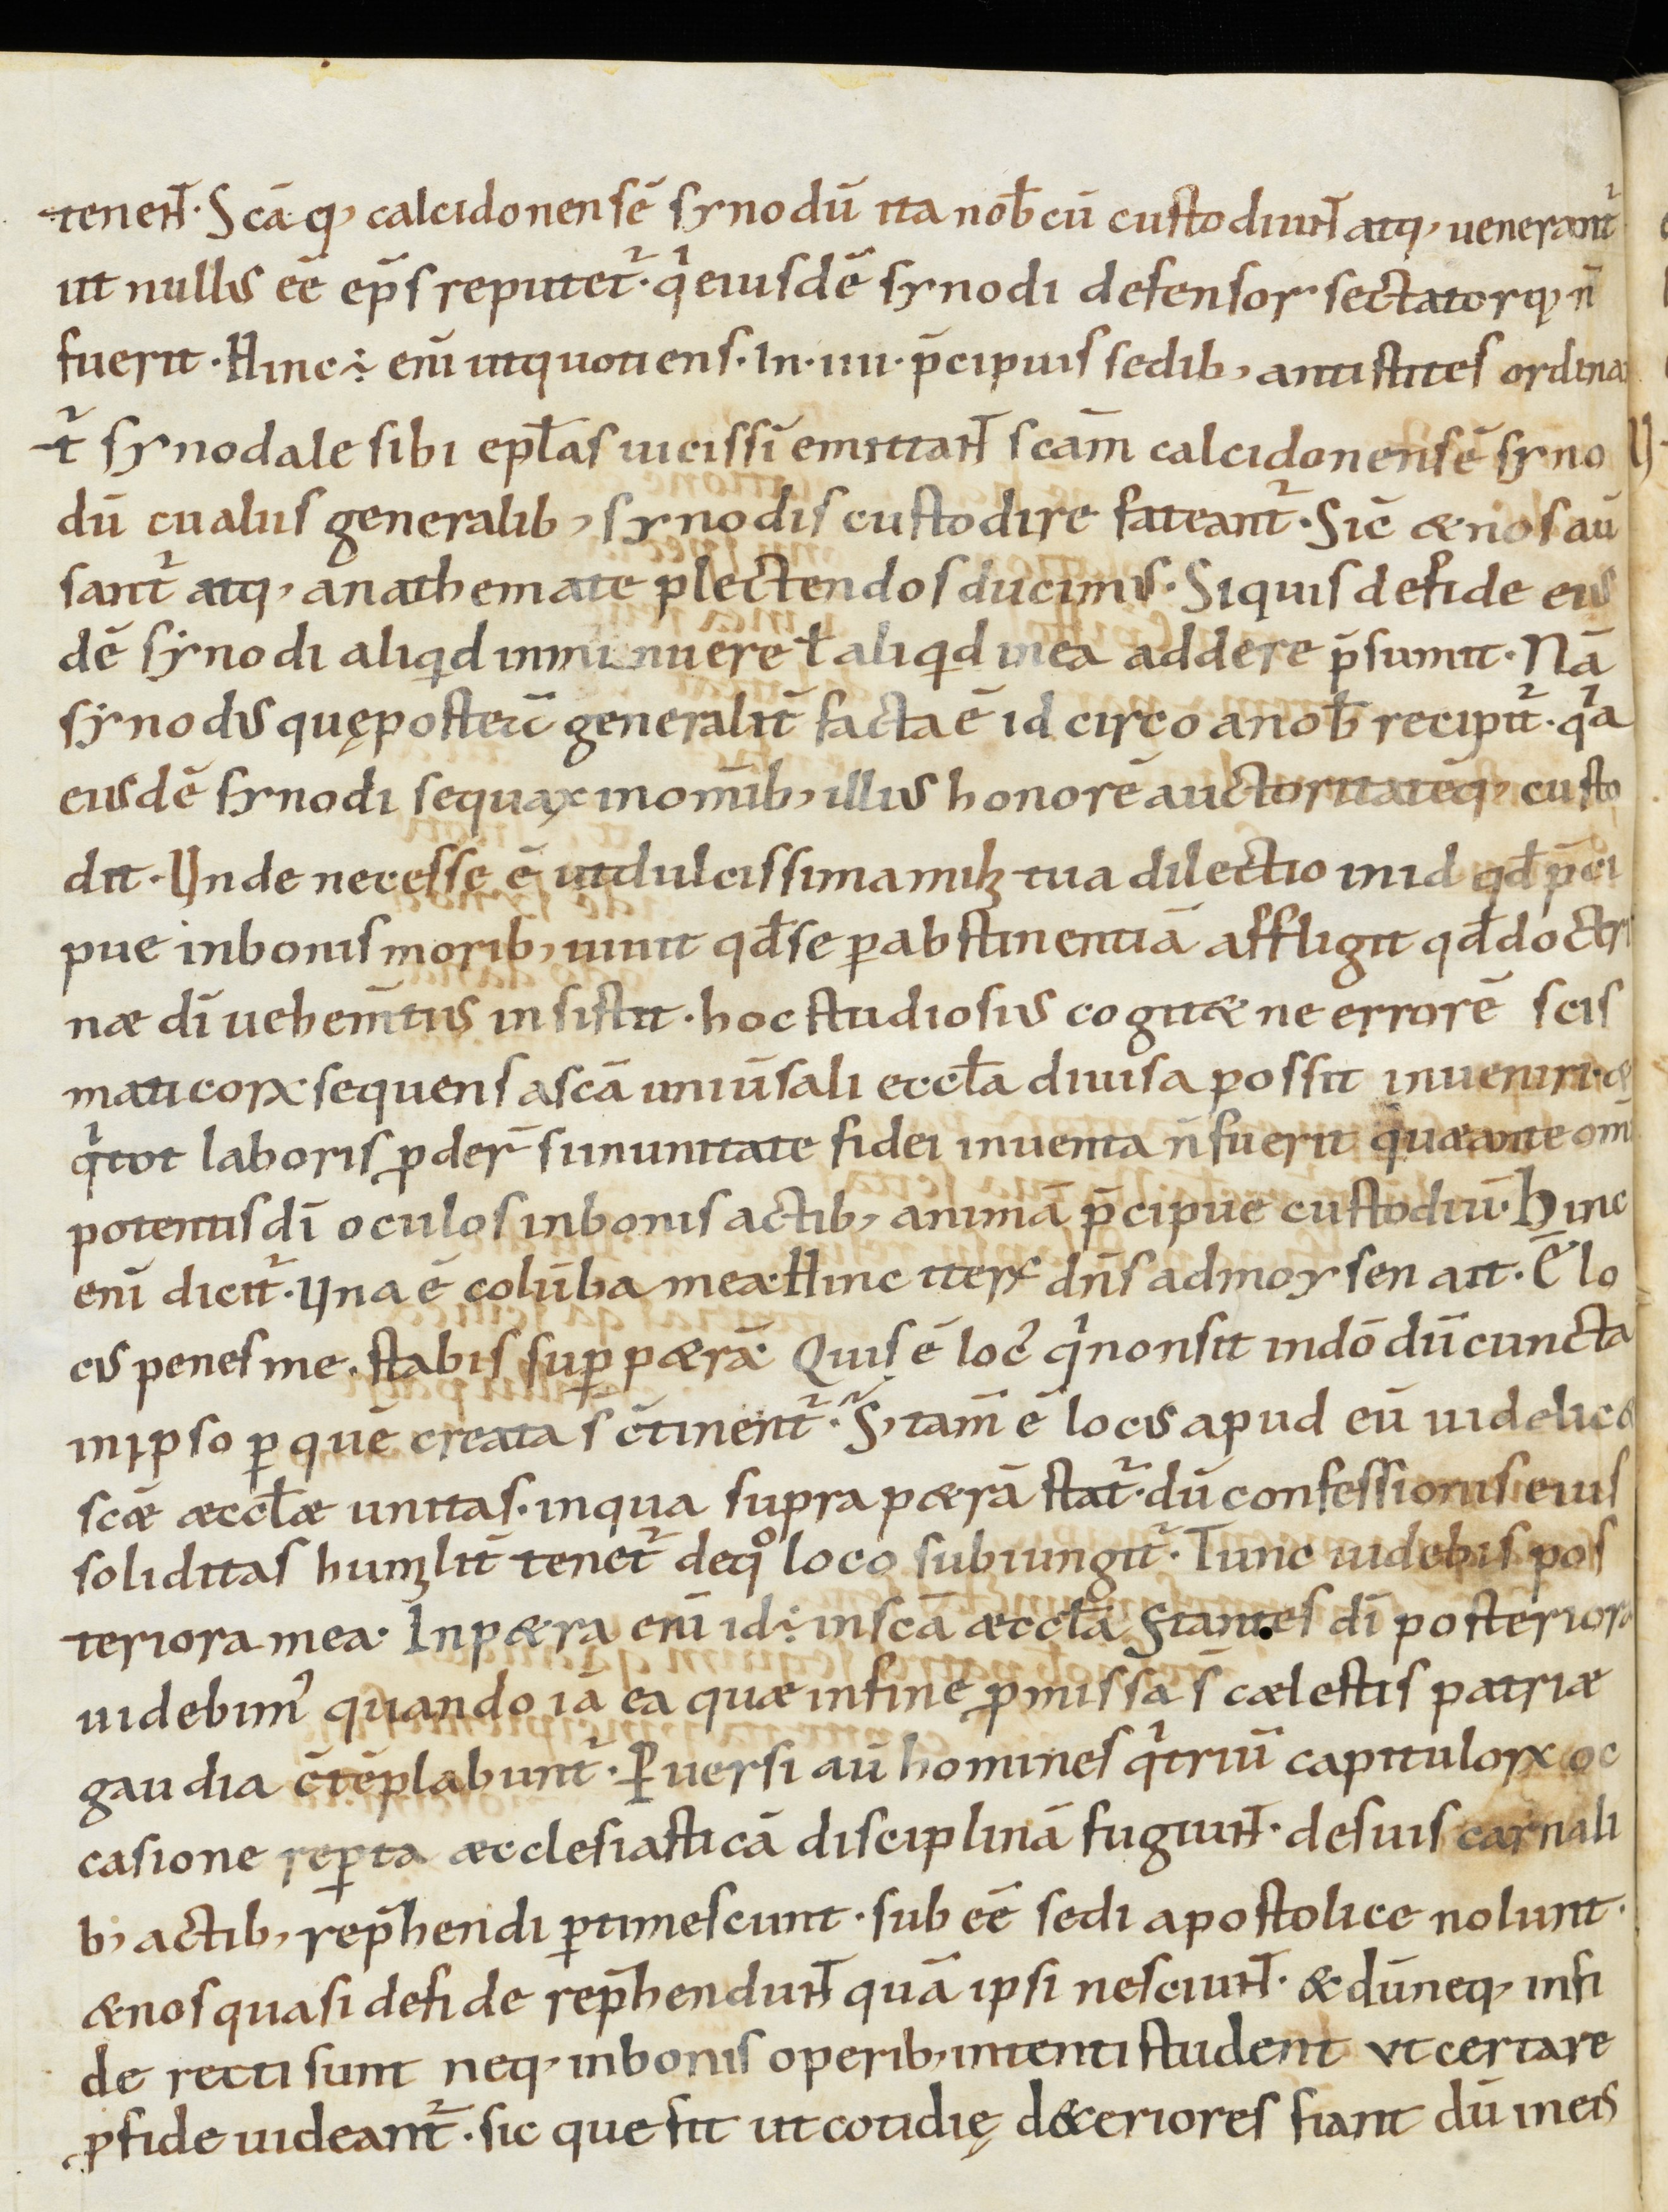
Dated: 950–999